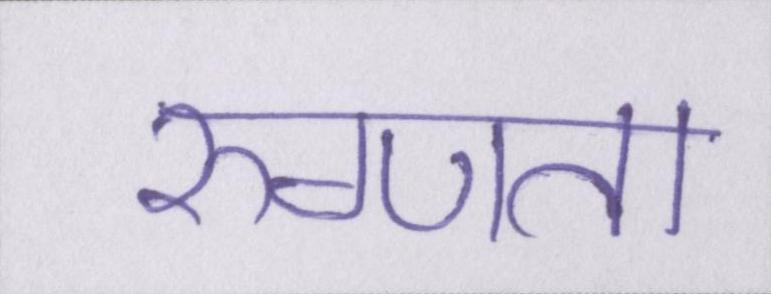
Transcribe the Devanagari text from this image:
रुग्णता